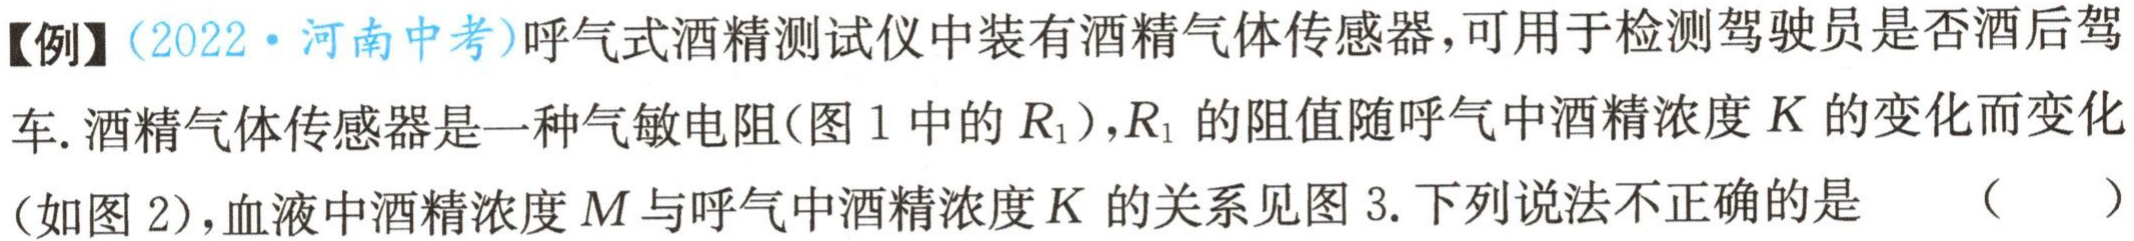
【例】(2022·河南中考)呼气式酒精测试仪中装有酒精气体传感器，可用于检测驾驶员是否酒后驾

车. 酒精气体传感器是一种气敏电阻(图 1 中的\(R_{1}\))，\(R_{1}\) 的阻值随呼气中酒精浓度 \(K\) 的变化而变化

(如图 2)，血液中酒精浓度 \(M\) 与呼气中酒精浓度 \(K\) 的关系见图 3. 下列说法不正确的是 （  ）